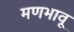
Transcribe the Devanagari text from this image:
मणभावू